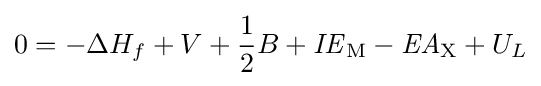
0=-\Delta H_{f}+V+{\frac {1}{2}}B+{\mathit {IE}}_{{\ce {M}}}-{\mathit {EA}}_{{\ce {X}}}+U_{L}